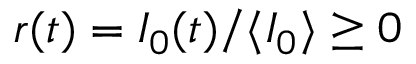
r ( t ) = { I _ { 0 } ( t ) } / { \langle I _ { 0 } \rangle } \ge 0